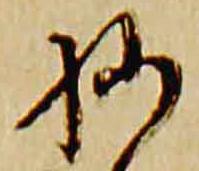
様